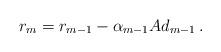
LaTeX: \begin{align*}r_{m}=r_{m-1}-\alpha_{m-1}A d_{m-1}\,.\end{align*}